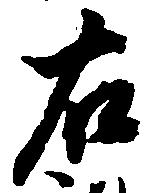
右